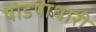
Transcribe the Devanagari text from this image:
षोडषाधारी